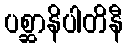
ပစ္ဆာနိပါတိနီ